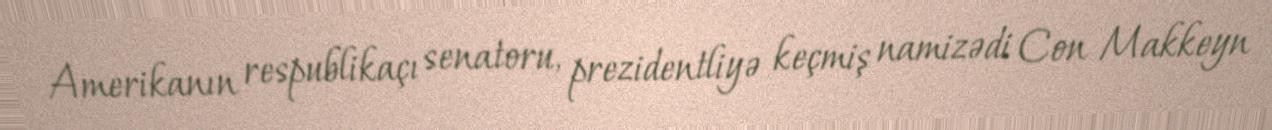
Amerikanın respublikaçı senatoru, prezidentliyə keçmiş namizədi Con Makkeyn